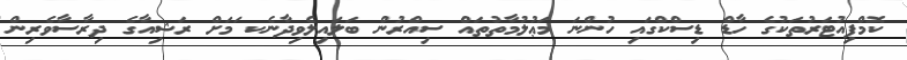
ކޮމްޕިއުޓަރުތަކުގެ ހާޑް ޑިސްކްގައި ހުންނަ މަޢުލުމާތުތައް ސިއްރުން ބަލައިލެވިދާނެކ ަމަށް ރަޝިއާގެ ދިރާސާވެރިން